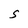
Character: S